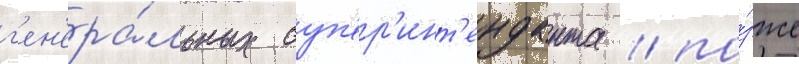
г'ен'ера́льных суп'ер'инт'енданта / по́зже